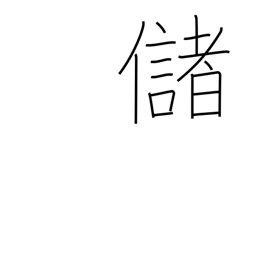
Meaning: yield profit